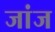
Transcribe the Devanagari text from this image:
जांज